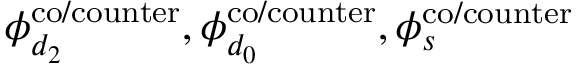
\phi _ { d _ { 2 } } ^ { \mathrm { { c o / c o u n t e r } } } , \phi _ { d _ { 0 } } ^ { \mathrm { { c o / c o u n t e r } } } , \phi _ { s } ^ { \mathrm { { c o / c o u n t e r } } }